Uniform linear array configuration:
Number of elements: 12
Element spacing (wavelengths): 0.5
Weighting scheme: exponential
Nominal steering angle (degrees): -15
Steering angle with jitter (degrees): -13.731
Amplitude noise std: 0.05
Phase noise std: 0.05

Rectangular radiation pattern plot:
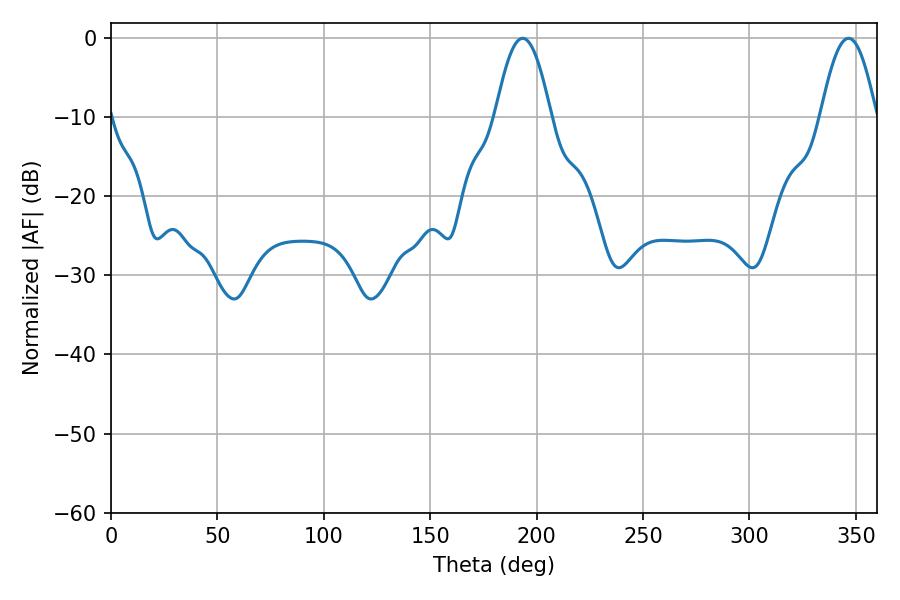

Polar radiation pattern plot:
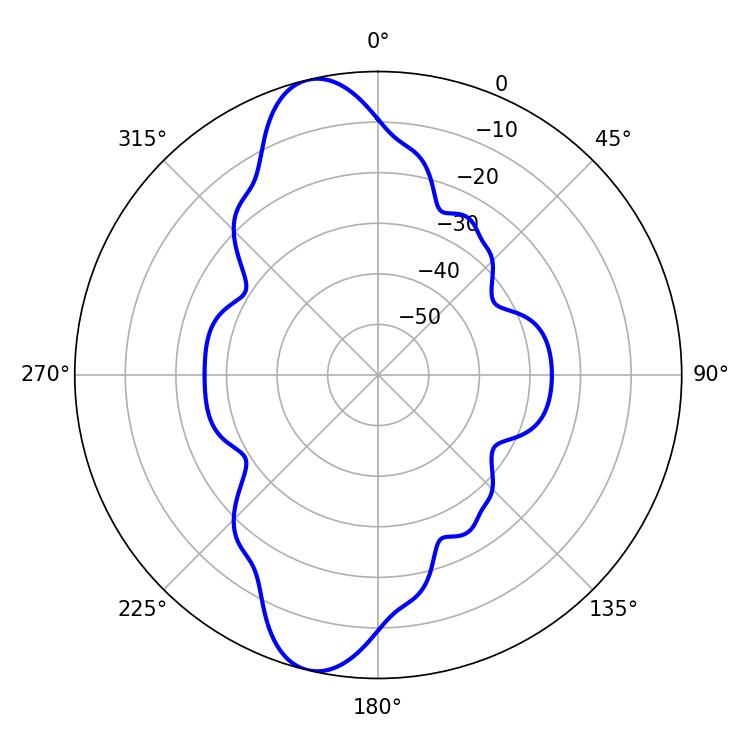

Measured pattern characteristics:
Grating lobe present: FALSE
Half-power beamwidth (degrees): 14.04
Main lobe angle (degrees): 193.5